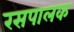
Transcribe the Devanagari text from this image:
रसपालक